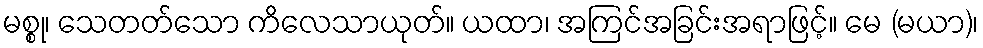
မစ္စု၊ သေတတ်သော ကိလေသာယုတ်။ ယထာ၊ အကြင်အခြင်းအရာဖြင့်။ မေ (မယာ)၊